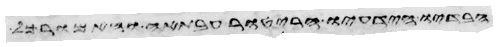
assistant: הדיפו או השליך עליו כל כלי בלא צדיה או בכל